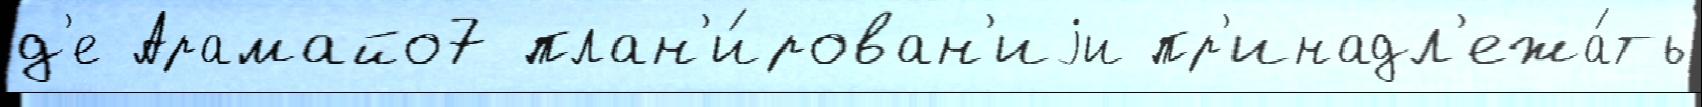
д'е Арамайо7 план'и́рован'иjи пр'инадл'ежа́ть